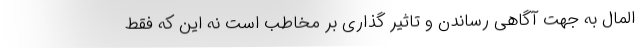
المال به جهت آگاهی رساندن و تاثیر گذاری بر مخاطب است نه این که فقط